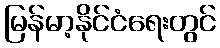
မြန်မာ့နိုင်ငံရေးတွင်